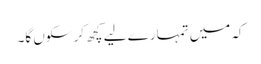
کہ میں تمہارے لیے کچھ کر سکوں گا۔